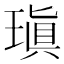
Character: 瑱